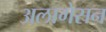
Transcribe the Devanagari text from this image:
अलागेसन